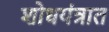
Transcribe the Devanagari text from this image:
शोधयंत्रात